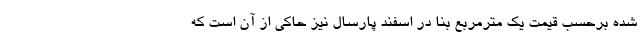
شده برحسب قیمت یک مترمربع بنا در اسفند پارسال نیز حاکی از آن است که